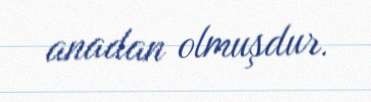
anadan olmuşdur.